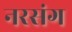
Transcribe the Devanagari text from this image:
नरसंग